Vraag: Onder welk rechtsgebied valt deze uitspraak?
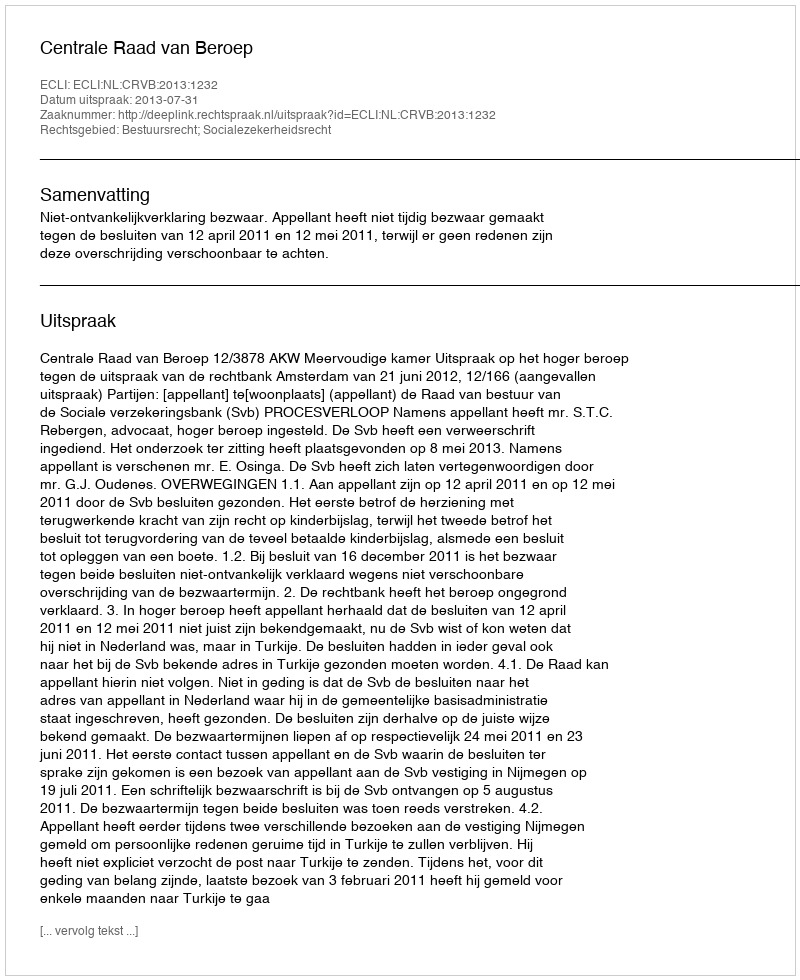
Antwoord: Bestuursrecht; Socialezekerheidsrecht